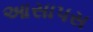
આસાપસ